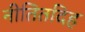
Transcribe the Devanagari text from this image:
नीतितदिह